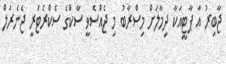
ޖާބިރު އާ ޕާޓީއަކާ ދިމާލަށް މިސްރާބު މި ޖެއްސެވީ ސާކްގެ ސެކްރެޓަރީ ޖެނެރަލް